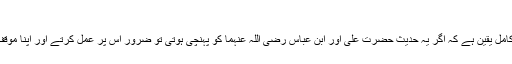
(الطلاق:۴)
اور مجھے کامل یقین ہے کہ اگر یہ حدیث حضرت علی اور ابن عباس رضی اللہ عنہما کو پہنچی ہوتی تو ضرور اس پر عمل کرتے اور اپنا موقف بدل ڈالتے۔